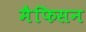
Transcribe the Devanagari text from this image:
मैफिसन